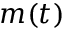
m ( t )